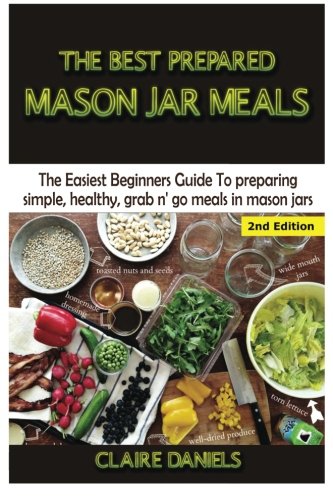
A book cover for The Best Prepared Mason Jar Meals: The Easiest Beginner's Guide to Preparing Simple, Healthy, And Grab N' Go Meals in Mason Jars; Claire Daniels; Cookbooks, Food & Wine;